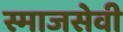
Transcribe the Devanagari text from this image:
स्माजसेवी